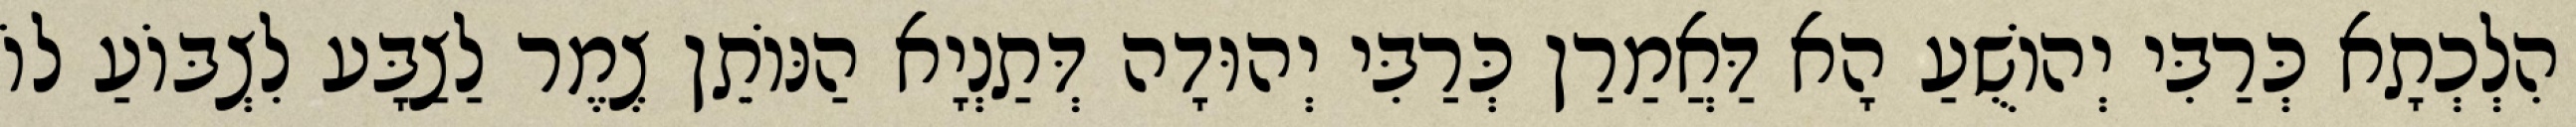
הִלְכְתָא כְּרַבִּי יְהוֹשֻׁעַ הָא דַּאֲמַרַן כְּרַבִּי יְהוּדָה דְּתַנְיָא הַנּוֹתֵן צֶמֶר לַצַבָּע לִצְבּוֹעַ לוֹ